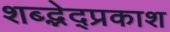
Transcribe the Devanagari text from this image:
शब्द्भेद्प्रकाश